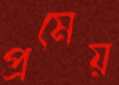
প্রমেয়